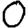
Digit: 0